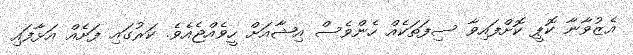
އެޒުވާނާ ކޮޕީ ކޮށްފައިވާ ސިފަތަކެއް ހެންވެސް އިޝާއަށް ހީވެއްޖެއެވެ. ކަރުގައި ފަށެއް އަޅާފައި